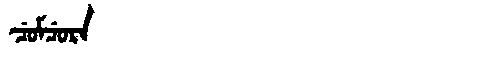
Manchu: ᠴᡠᠮᠴᡠᡵᠠ
Romanization: CUMCURA